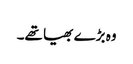
وہ بڑے بھیا تھے۔